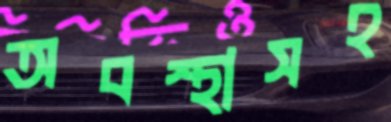
অবস্থাসহ